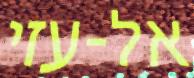
אל-עזי